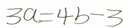
3 a = 4 b - 3